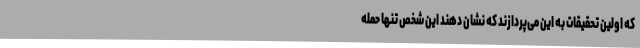
که اولین تحقیقات به این می‌پردازند که نشان دهند این شخص تنها حمله